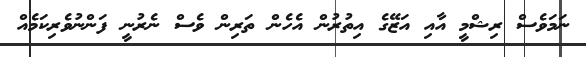
ނަމަވެސް ރިޝްމީ އާއި އަޒޭގެ އިތުރުން އެހެން ތަރިން ވެސް ނެރުނީ ފަންނުވެރިކަމެއް